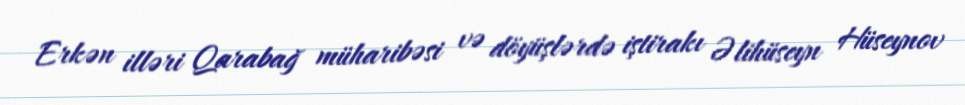
Erkən illəri Qarabağ müharibəsi və döyüşlərdə iştirakı Əlihüseyn Hüseynov